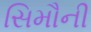
સિમૌની